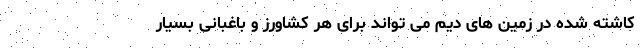
کاشته شده در زمین های دیم می تواند برای هر کشاورز و باغبانی بسیار